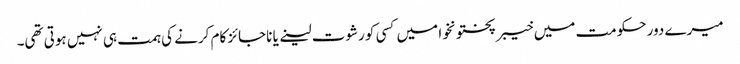
میرے دور حکومت میں خیبر پختونخوا میں کسی کو رشوت لینے یا ناجائز کام کرنے کی ہمت ہی نہیں ہوتی تھی۔